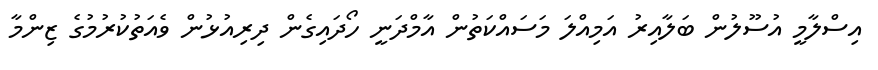
އިސްލާމީ އުސޫލުން ބަލާއިރު އަމިއްލަ މަސައްކަތުން އާމްދަނީ ހޯދައިގެން ދިރިއުޅުން ވެއަތުކުރުމުގެ ޒިންމާ